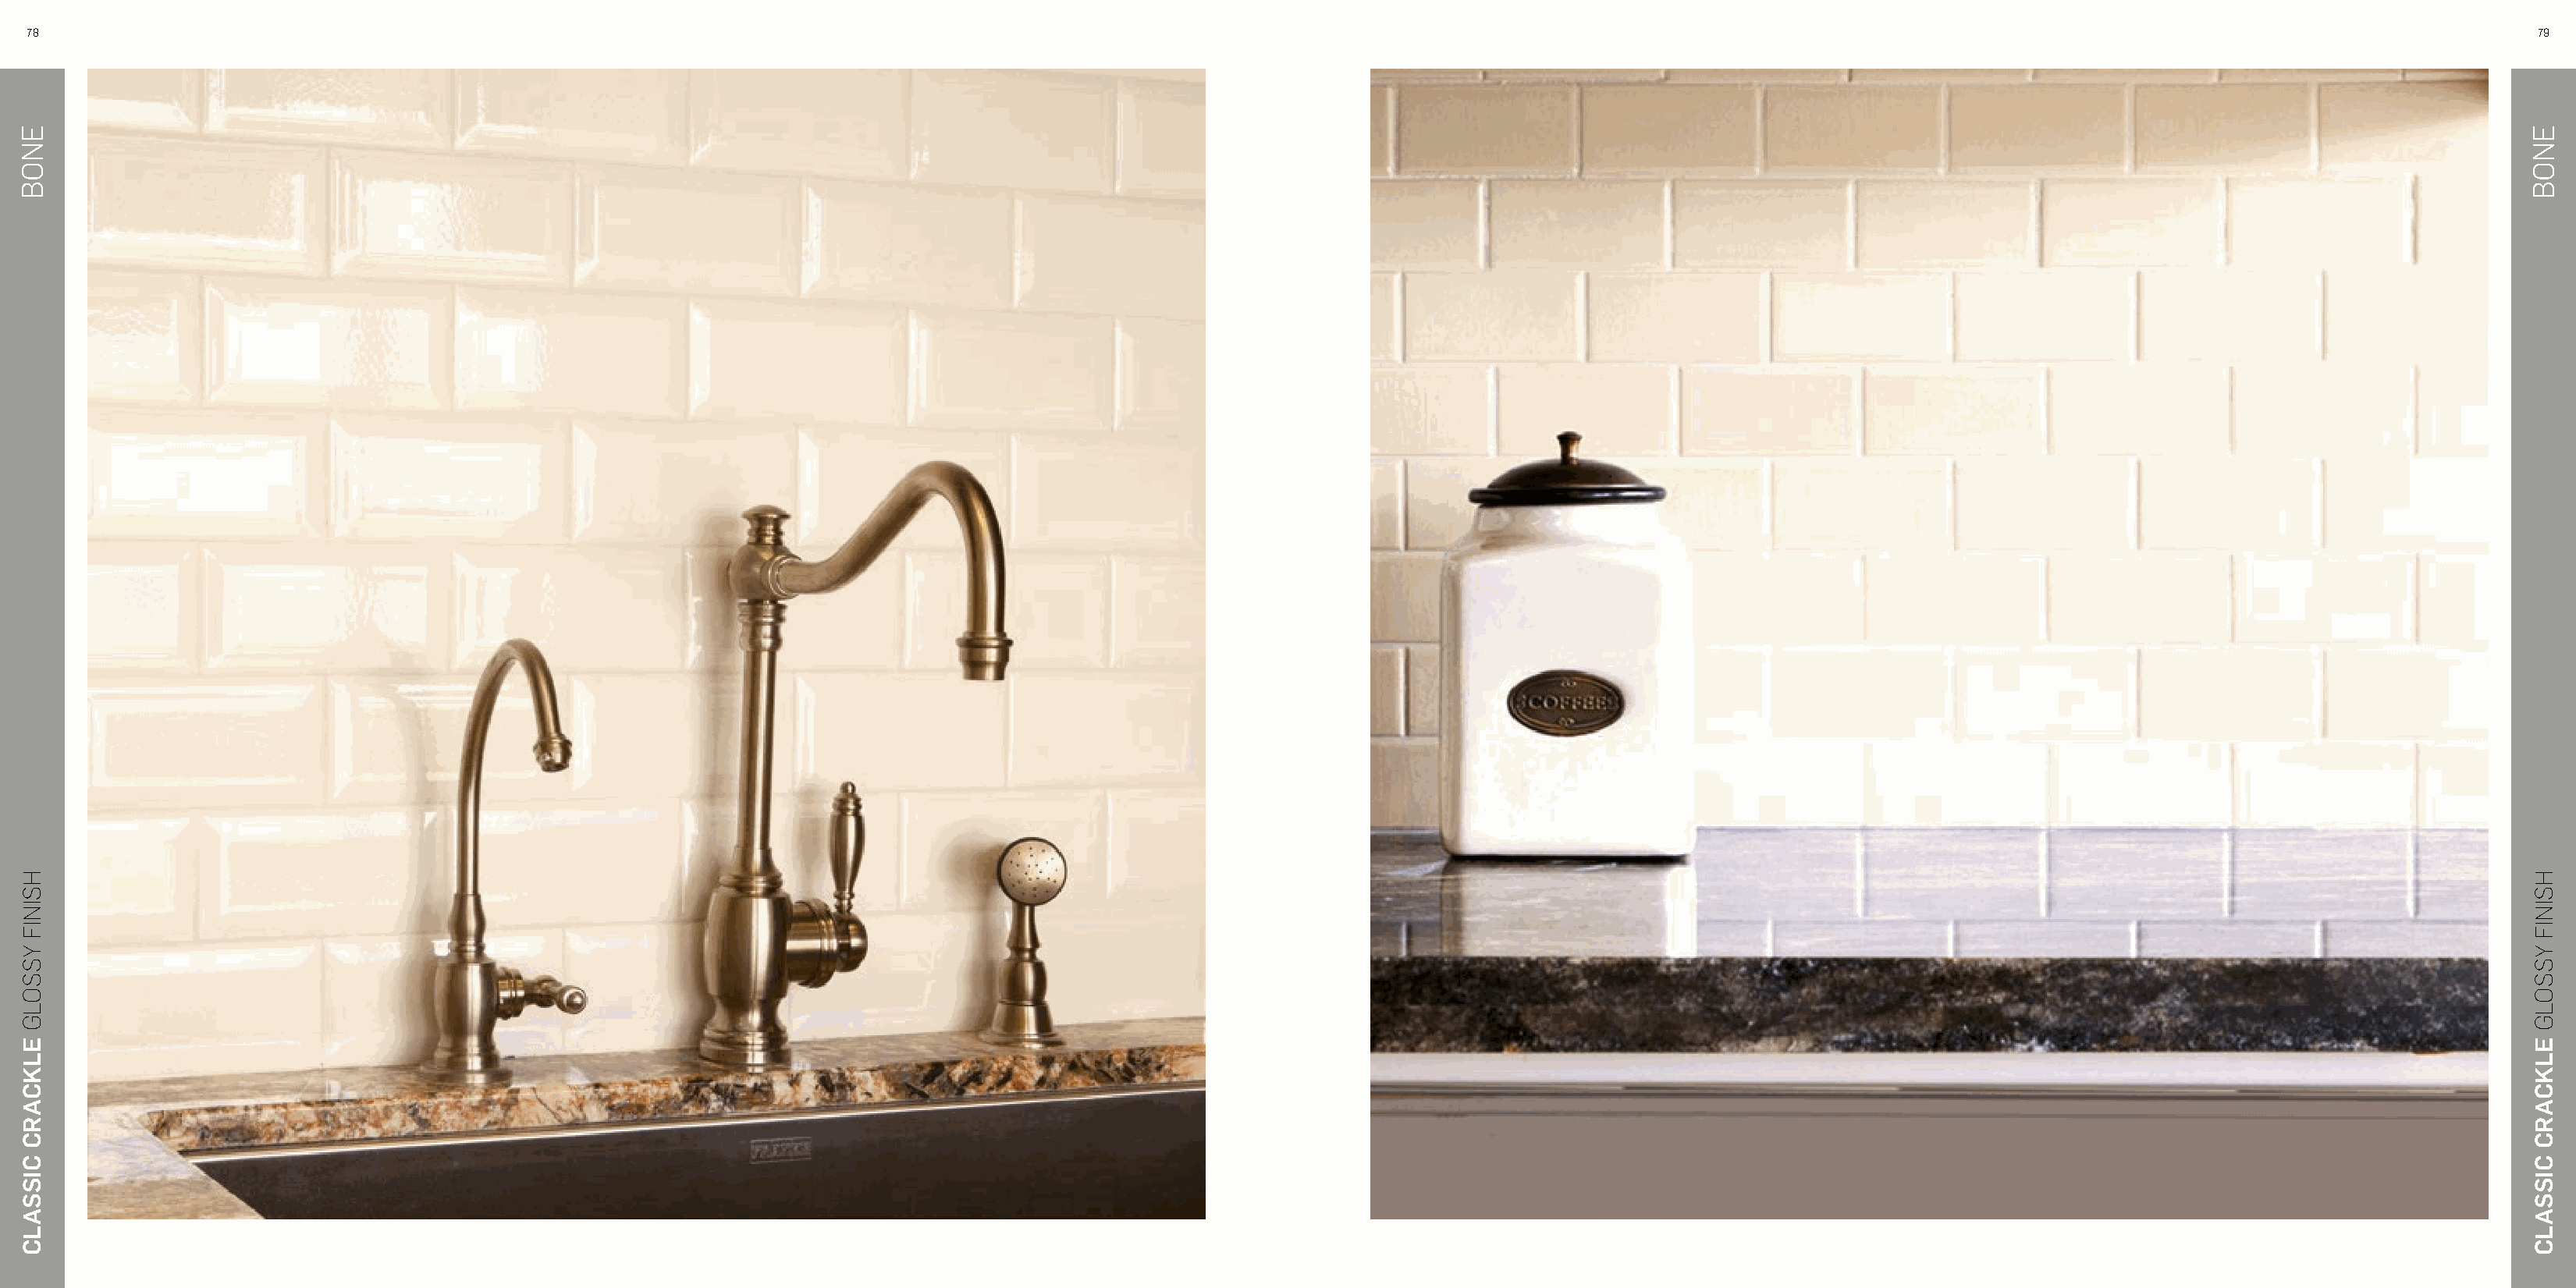
78                                                                                                                                                                                                                   79
 ENOB
 HSINIF
 YSSOLG
 ELKCARC
 CISSALC
 ENOB
 HSINIF
 YSSOLG
 ELKCARC
 CISSALC